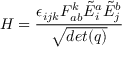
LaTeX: H = { \frac { \epsilon _ { i j k } F _ { a b } ^ { k } { \tilde { E } } _ { i } ^ { a } { \tilde { E } } _ { j } ^ { b } } { \sqrt { d e t ( q ) } } }